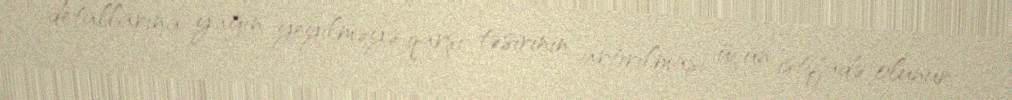
detallarına yağın yeyilməyə qarşı təsirinin artırılması üçün istifadə olunur.